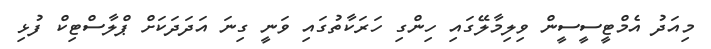
މިއަދު އެމްޓީސީސީން ވިލިމާލޭގައި ހިންގި ހަރަކާތުގައި ވަނީ ގިނަ އަދަދަކަށް ޕްލާސްޓިކް ފުޅި